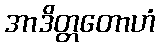
အာဒိတ္တတောဟံ